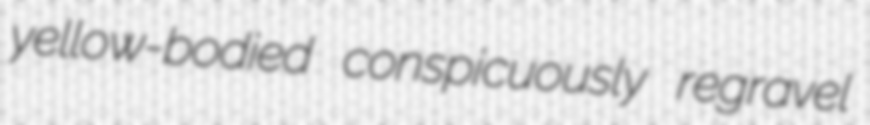
yellow-bodied conspicuously regravel